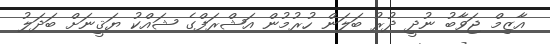
އާޒިމް ޖަވާބު ނުދީ ދުރު ބަލަން ހުރުމުން އަޝްރަފްގެ ޝައްކު ޔަޤީނަށް ބަދަލު